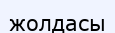
жолдасы